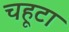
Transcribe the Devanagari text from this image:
चहूटा